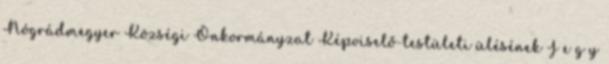
Nógrádmegyer Községi Önkormányzat Képviselő-testületi ülésének J e g y